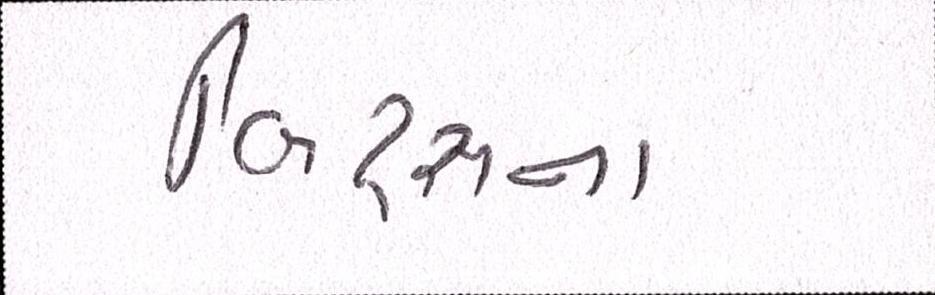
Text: બિટ્સના